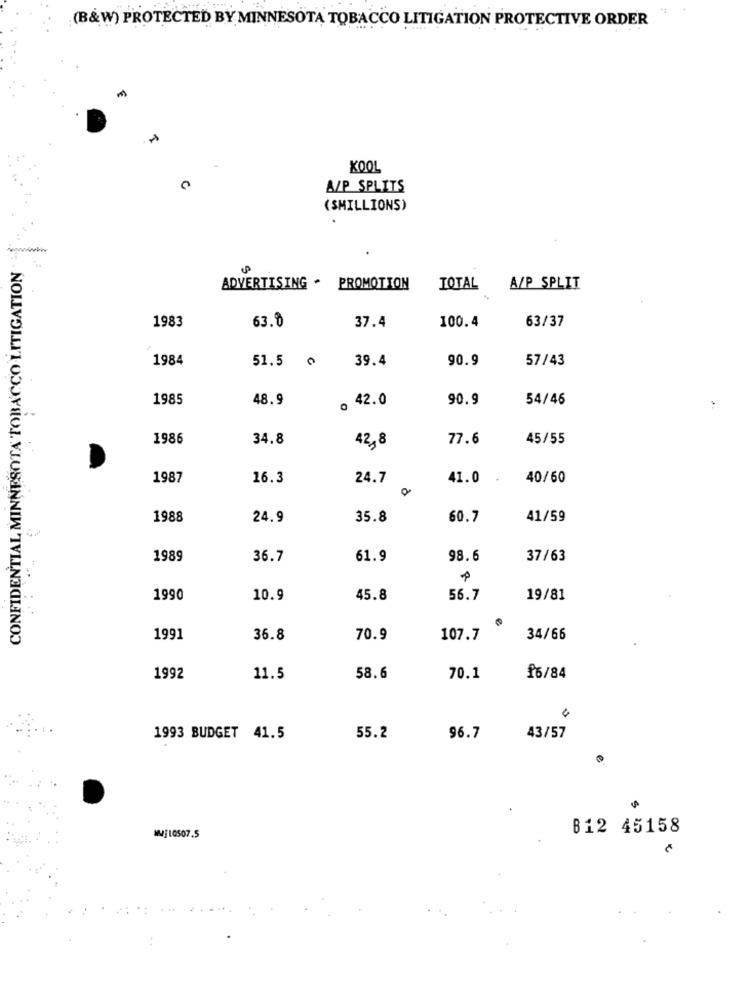
(B&W) PROTECTED BY MINNESOTA TOBACCO LITIGATION PROTECTIVE ORDER
KOOL
A/P_SPLITS
(SMILLIONS)
-
CONFIDENTIAL MINNESOTA TOBACCO LITIGATION
ADVERTISING - PROMOTION
TOTAL A/P SPLIT
1983
63.8
100.4
37.4
63/37
1984
51.5 ¢
39.4
90.9
57/43
1985
48.9
. 42.0
90.9
54/46
1986
34.8
42,8
77.6
45/55
1987
16.3
24.7
41.0
40/60
1988
24.9
35.8
60.7
41/59
1989
36.7
61.9
98.6
37/63
1990
10.9
45.8
56.7
19/81
1991
36.8
70.9
107.7
34/66
1992
11.5
58.6
70.1
£6/84
1993 BUDGET 41.5
55.2
96.7
43/57
B12 45158
₩4;10507.5